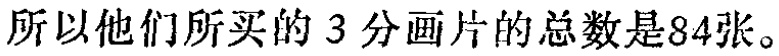
所以他们所买的 3 分画片的总数是84张。